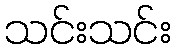
သင်းသင်း